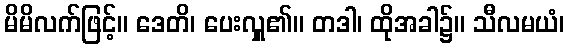
မိမိလက်ဖြင့်။ ဒေတိ၊ ပေးလှူ၏။ တဒါ၊ ထိုအခါ၌။ သီလမယံ၊